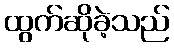
ထွက်ဆိုခဲ့သည်